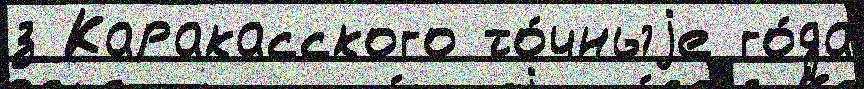
з Каракасского то́чныjе го́да